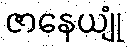
ဇာနေယျုံ